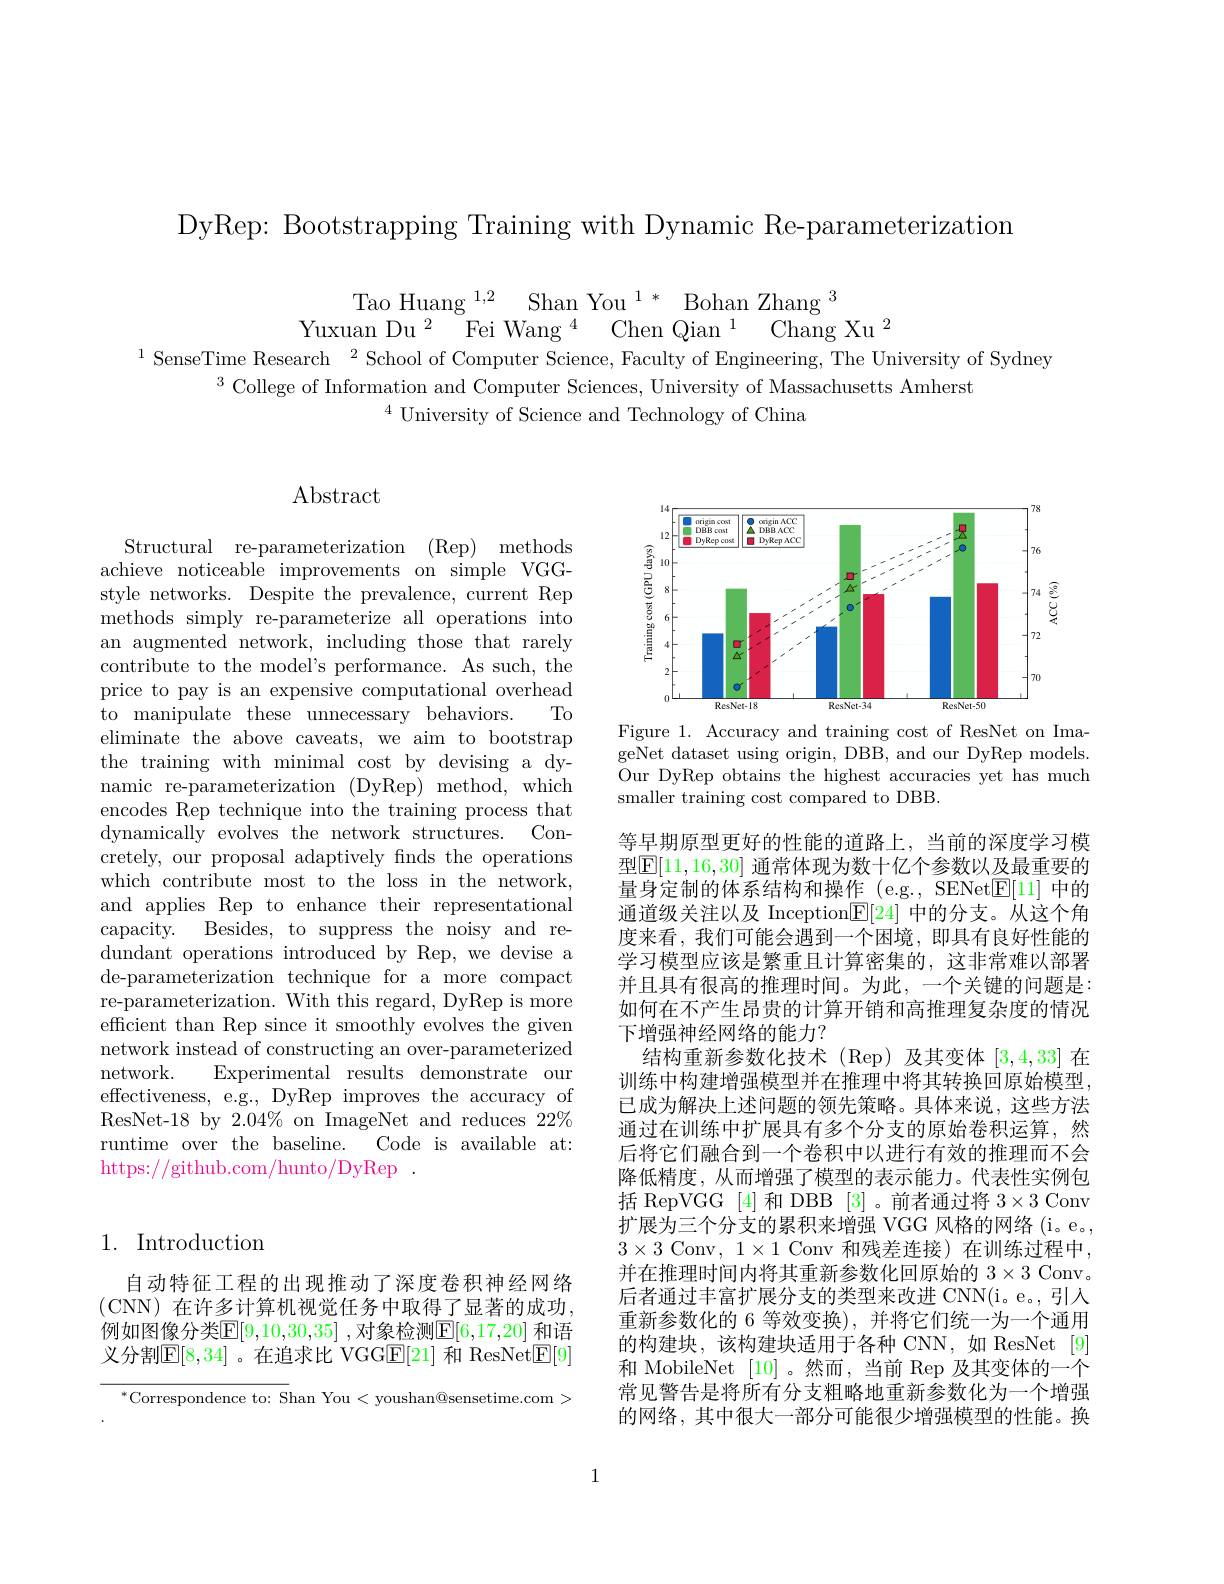
DyRep: Bootstrapping Training with Dynamic Re-parameterization

Tao Huang $^{1, 2}$ Shan You$^{1*}$Bohan Zhang$^{3}$
Yuxuan Du$^{2}$Fei Wang$^{4}$Chen Qian
Chang Xu $^2$
$^{1}$SenseTime Research$^2$School of Computer Science, Faculty of Engineering, The University of Sydney

$^3$ College of Information and Computer Sciences, University of Massachusetts Amherst
$^{4}$ University of Science and Technology of China

# 1. Introduction

自动特征工程的出现推动了深度卷积神经网络(CNN)在许多计算机视觉任务中取得了显著的成功， 例如图像分类$\mathbb{E}[9,10,30,35]$ ,对象检测$\mathbb{E}[6,17,20]$ 和语义分割$\mathbb{E}[8,34]$ 。在追求比 VGG$\mathbb{E}[21]$ 和 ResNet$\underline{\mathrm{E}}[9]$

$^{*}$Correspondence to: Shan You<youshan@sensetime.com>

# Abstract

Structural re-parameterization (Rep) methods achieve noticeable improvements on simple VGGstyle networks. Despite the prevalence, current Rep methods simply re-parameterize all operations into an augmented network, including those that rarely contribute to the model's performance. As such, the price to pay is an expensive computational overhead
$To$
to manipulate these unnecessary behaviors.
eliminate the above caveats, we aim to bootstrap the training with minimal cost by devising a dynamic re-parameterization (DyRep) method, which encodes Rep technique into the training process that dynamically evolves the network structures. Concretely, our proposal adaptively fnds the operations which contribute most to the loss in the network, and applies Rep to enhance their representational capacity. Besides, to suppress the noisy and redundant operations introduced by Rep, we devise a de-parameterization technique for a more compact re-parameterization. With this regard, DyRep is more efficient than Rep since it smoothly evolves the given network instead of constructing an over-parameterized network.
Experimental results demonstrate our
effectiveness, e.g., DyRep improves the accuracy of ResNet-18 by 2.04% on ImageNet and reduces $22\%$ runtime over the baseline.
Code is available at:
https://github.com/hunto/DyRep~.

<FigureHere>
Figure 1. Accuracy and training cost of ResNet on Ima-

geNet dataset using origin, DBB, and our DyRep models. Our DyRep obtains the highest accuracies yet has much smaller training cost compared to DBB.

等早期原型更好的性能的道路上，当前的深度学习模型$\mathbb{E}[11,16,30]$ 通常体现为数十亿个参数以及最重要的量身定制的体系结构和操作 (e.g.,SENet$\boxed{\mathrm{E}}[11]$中的通道级关注以及 Inception$\mathbb{E}[24]$中的分支。从这个角度来看，我们可能会遇到一个困境，即具有良好性能的学习模型应该是繁重且计算密集的，这非常难以部署并且具有很高的推理时间。为此，一个关键的问题是： 如何在不产生昂贵的计算开销和高推理复杂度的情况下增强神经网络的能力？
结构重新参数化技术(Rep)及其变体[3,4,33]在训练中构建增强模型并在推理中将其转换回原始模型， 已成为解决上述问题的领先策略。具体来说，这些方法通过在训练中扩展具有多个分支的原始卷积运算，然后将它们融合到一个卷积中以进行有效的推理而不会降低精度，从而增强了模型的表示能力。代表性实例包括 RepVGG [4] 和 DBB [3] 。前者通过将$3\times3$ Conv 扩展为三个分支的累积来增强 VGG 风格的网络 (i。e。, $3\times3$ Conv$,1\times1$ Conv 和残差连接)在训练过程中， 并在推理时间内将其重新参数化回原始的$3\times3$ Conv。后者通过丰富扩展分支的类型来改进 CNN(i。e。, 引人重新参数化的 6 等效变换), 并将它们统一为一个通用的构建块，该构建块适用于各种 CNN,如 ResNet[9] 和 MobileNet [10] 。然而，当前 Rep 及其变体的一个常见警告是将所有分支粗略地重新参数化为一个增强的网络，其中很大一部分可能很少增强模型的性能。换

1